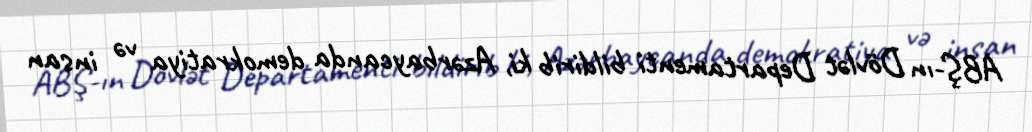
ABŞ-ın Dövlət Departamenti bildirib ki, Azərbaycanda demokratiya və insan